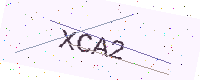
Text: XCA2